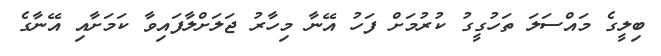
ބިލީގެ މައްސަލަ ތަހުގީގު ކުރުމަށް ފަހު އޭނާ މިހާރު ޖަލަށްލާފައިވާ ކަމަށާއި އޭނާގެ